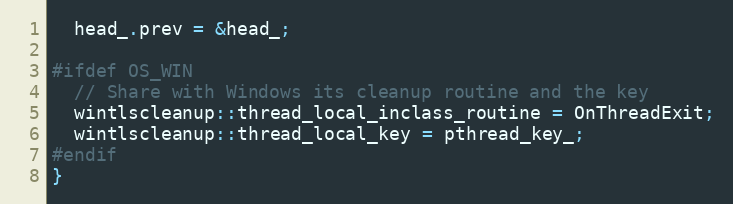
Language: C++
  head_.prev = &head_;

#ifdef OS_WIN
  // Share with Windows its cleanup routine and the key
  wintlscleanup::thread_local_inclass_routine = OnThreadExit;
  wintlscleanup::thread_local_key = pthread_key_;
#endif
}